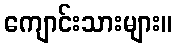
ကျောင်းသားများ။